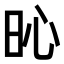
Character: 𣅵